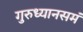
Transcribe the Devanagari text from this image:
गुरुध्यानसमं